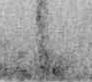
候